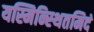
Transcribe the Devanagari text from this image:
यस्मिन्स्थितमिदं